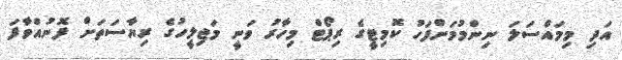
އަދި މިމައްސަލަ ނިންމުމަށްފަހު ކޮމިޓީގެ ރިޕޯޓް މިހާރު ވަނީ މަޖިލީހުގެ ރިޔާސަތަށް ފޮނުއްވާފަ